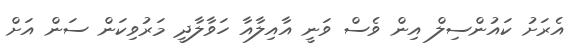
އެރަށު ކައުންސިލް އިން ވެސް ވަނީ އާއިލާއާ ހަވާލާދީ މަރުވިކަން ސަން އަށް